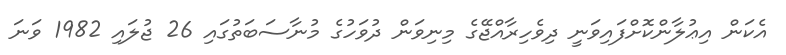
އެކަން އިޢުލާންކޮށްފައިވަނީ ދިވެހިރާއްޖޭގެ މިނިވަން ދުވަހުގެ މުނާސަބަތުގައި 26 ޖުލައި 1982 ވަނަ